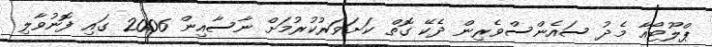
ޕްލޫޓޯއާ މެދު ސައެންސްވެރިން ދެކޭ ގޮތް ކަށަވަރުކުރުމަށް ނާސާއިން 2006 ގައި ފޮނުވާލި